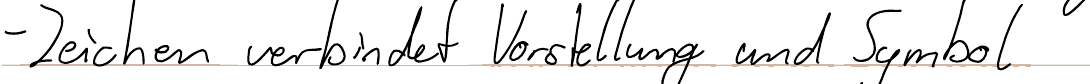
- Zeichen verbindet Vorstellung und Symbol